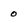
Character: 0